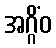
အဂ္ဂိံဝ